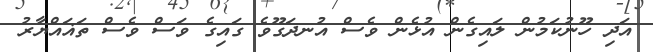
އަދި ހޫނުކަމުން ލައިގެން އުޅެން ވެސް އުނދަގޫވެ ގައިގެ ވަސް ވެސް ތަޣައްޔާރު